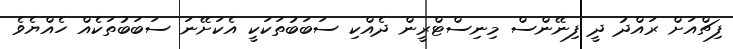
ފިޗްއަށް ރައްދު ދީ ފިނޭންސް މިނިސްޓްރީން ދެއްކި ސަބަބުތަކަކީ އެކަށޭނަ ސަބަބުތަކެއް ހެއްޔެވެ